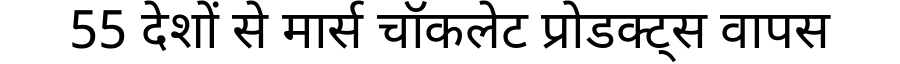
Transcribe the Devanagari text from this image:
55 देशों से मार्स चॉकलेट प्रोडक्ट्स वापस